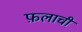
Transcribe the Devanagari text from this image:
फ़लाची